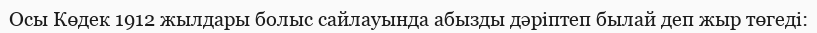
Осы Көдек 1912 жылдары болыс сайлауында абызды дәріптеп былай деп жыр төгеді: